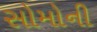
સોમોની